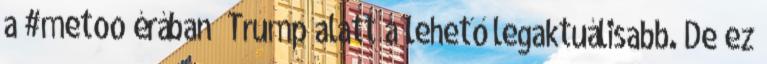
a #metoo érában Trump alatt a lehető legaktuálisabb. De ez